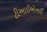
ટીઆઈએનઈ